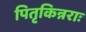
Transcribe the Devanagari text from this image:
पितृकिन्नराः